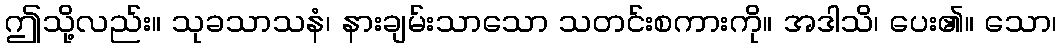
ဤသို့လည်း။ သုခသာသနံ၊ နားချမ်းသာသော သတင်းစကားကို။ အဒါသိ၊ ပေး၏။ သော၊